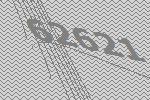
62621